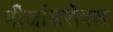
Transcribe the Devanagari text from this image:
बीजांडरोपण